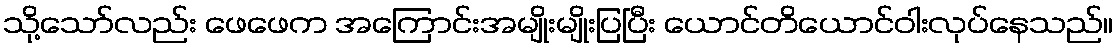
သို့သော်လည်း ဖေဖေက အကြောင်းအမျိုးမျိုးပြပြီး ယောင်တိယောင်ဝါးလုပ်နေသည်။